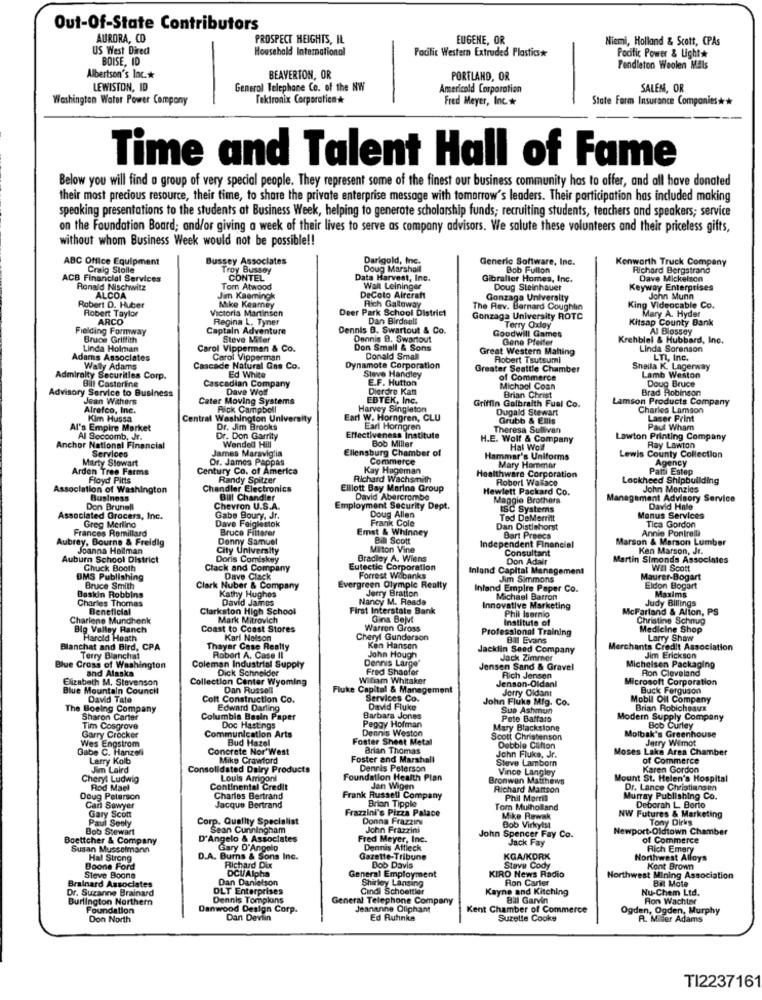
Out-Of-State Contributors
AURORA, CO
PROSPECT HEIGHTS, IL
EUGENE, OR
Niemi, Holland & Scott, CPAs
US West Direct
Household International
Pacific Western Extruded Plastics*
Pacific Power & Light*
BOISE, ID
Pendleton Woolen Mills
Albertson's Inc .*
BEAVERTON, OR
PORTLAND, OR
LEWISTON, ID
General Telephone Co. of the NW
Americold Corporation
SALEM, OR
Washington Water Power Company
Tektronix Corporation*
Fred Meyer, Inc .*
State Farm Insurance Companies ***
Time and Talent Hall of Fame
Below you will find a group of very special people. They represent some of the finest our business community has to offer, and all have donated
their most precious resource, their time, to share the private enterprise message with tomorrow's leaders. Their participation has included making
speaking presentations to the students at Business Week, helping to generate scholarship funds; recruiting students, teachers and speakers; service
on the Foundation Board; and/or giving a week of their lives to serve as company advisors. We salute these volunteers and their priceless gifts,
without whom Business Week would not be possible !!
ABC Office Equipment
Bussey Associates
Darigold, Inc.
Generic Software, Inc.
Kenworth Truck Company
Craig Stolle
Troy Bussoy
Doug Marshall
Bob Fullon
Richard Bergstrand
CONTEL
Data Harvest, Inc.
Gibralter Homes, Inc.
Dave Mickelson
Ronald Nischwitz
Tom Atwood
Wall Leininger
Doug Steinhauer
Keyway Enterprises
ALCOA
Jim Kaemingk
DeCoto Aircraft
Gonzaga University
John Munn
Robert D. Huber
Robert Taylor
Victoria Martinsen
Mike Kearney
Deer Park School District
Rich Galloway
The Rev. Bernard Coughlin
King Videocable Co.
Mary A. Hyder
ARCO
Regina L. Tyner
Dan Birdsoll
Gonzaga University ROTC
Kitsap County Bank
Fielding Formway
Captain Adventure
Dennis B. Swartout & Co.
Goodwill Games
Terry Oxley
Al Blossey
Bruce Griffith
Steve Miller
Dennis 8. Swartout
Gene Pfeifer
Krehbiel & Hubbard, Inc.
Linda Holman
Carol Vippermen & Co.
Don Small & Sons
Great Western Matting
Linda Sorenson
Adams Associates
Carol Vipperman
Donald Small
Robert Tsutsumi
LTI, Inc.
Wally Adams
Cascade Natural Gas Co.
Dynamote Corporation
Steve Handley
Greater Seattle Chamber
Sheila K. Lagerway
Admiralty Securities Corp.
Bill Castoriine
Cascadian Company
Ed White
E.F. Hutton
of Commerce
Lamb Weston
Doug Bruce
Advisory Service to Business
Dave Wolf
Dierdre Katt
Michael Coan
Brad Robinson
Jean Withers
Cater Moving Systems
EDTEK, Inc.
Griffin Galbraith Fual Co.
Brian Christ
Lamson Products Company
Afrefco, Inc.
Rick Campbell
Harvey Singleton
Dugald Stewart
Charles Lamson
Kim Hussa
Central Washington University
Earl W. Horngren, CLU
Grubb & Ellis
Laser Print
Al's Empire Market
Dr. Jim Brooks
Earl Horngren
Theresa Sullivan
Paul Wham
Al Secoomb, Jr.
Dr. Don Garrity
Effectiveness institute
Bob Miller
H.E. Wolf & Company
Lawton Printing Company
Anchor National Financial
James Maraviglia
Wended Hill
Ellensburg Chamber of
Hal Wolf
Ray Lawton
Marty Stowart
Services
Dr. James Pappas
Commerce
Hammar's Uniforms
Lewis County Collection
Agency
Arden Tree Farms
Century Co. of America
Kay Hageman
Mary Hammar
Patti Estep
Floyd Pitts
Randy Spitzer
Richard Wachsmith
Healthware Corporation
Robert Wasace
Lockheed Shipbuilding
Association of Washington
Chandler Electronics
Elliott Bay Marina Group
Hewlett Packard Co.
John Menzies
Business
Bill Chandler
David Abercrombe
Maggie Brothers
Management Advisory Service
Don Brunell
Chevron U.S.A.
Employment Security Dept.
ISC Systems
David Hale
Associated Grocers, Inc.
Greg Merling
Gabe Boury, Jr.
Doug Allen
Frank Cole
Ted DeMerritt
Manus Services
Tica Gordon
Frances Remillard
Dave Feiglestok
Bruce Fitterer
Emst & Whinney
Dan Distiehorst
Annie Pontrelli
Aubrey, Bourne & Freidig
Denny Samuel
Bil Scott
Bart Preecs
Marson & Marson Lumber
Joanna Hodman
City University
Miton Vine
Independent Financial
Consultant
Kan Marson, Jr.
Auburn School District
Doris Comiskey
Bradley A. Wiens
Don Adair
Martin Simonds Associnies
Chuck Booth
Clack and Company
Eutectic Corporation
Inland Capital Management
WIl Scott
BMS Publishing
Dave Clack
Forrest Wibanks
Am Simmons
Maurer-Bogart
Bruce Smith
Clark Nuber & Company
Kathy Hughes
Evergreen Olympic Realty
Jerry Bration
Inland Empire Paper Co.
Eldon Bogart
Maxims
Baskin Robbins
Charles Thomas
David James
Nancy M. Reada
Michael Barron
Judy Billings
Beneficial
Clarkston High School
First Interstate Bank
Innovative Marketing
Phil Isernio
McFarland & Alion, PS
Charlene Munchenk
Mark Mitrovich
Gina Belvi
Institute of
Christine Schnug
Big Valley Ranch
Coast to Coast Stores
Warren Gross
Professional Training
Medicine Shop
Harold Heath
Karl Nelson
Cheryl Gunderson
Bil Evans
Larry Show
Blanchat and Bird, CPA
Thayer Case Realty
Ken Hansen
Jacklin Seed Company
Merchants Credit Association
Terry Blanchat
Robert A. Case II
Dennis Large"
John Hough
Jack Zimmer
Jim Erickson
Blue Cross of Washington
and Alaska
Coleman Industrial Supply
Dick Schneider
Fred Shaofor
Jensen Sand & Gravel
Michelsen Packaging
Ron Cleveland
Elizabeth M. Stevenson
Collection Center Wyoming
Wifiam Whitaker
Rich Jensen
Jenson-Oldani
Microsoft Corporation
Blue Mountain Council
Dan Russell
Fluke Capital & Management
Jerry Oldant
Buck Ferguson
David Tate
Colt Construction Co.
Services Co.
John Fluke Mig. Co.
Mobil Oil Company
The Boeing Company
Edward Darling
David Fluke
Sup Ashmun
Brian Robicheaux
Sharon Carter
Columbia Basin Paper
Peggy Hofman
Barbara Jones
Poto Baffato
Modern Supply Company
Tim Cosgrove
Communication Arts
Doc Hastings
Dennis Weston
Mary Blackstone
Bob Curley
Wes Engstrom
Garry Crocker
Bud Hazel
Foster Sheet Metal
Scott Christenson
Molbak's Greenhouse
Jetry Wilmot
Gabe C. Hanzeli
Concrete Nor'West
Brian Thomas
John Fluke, Jr.
Debbie Clifton
Moses Lake Area Chamber
Larry Kolb
Mike Crawford
Foster and Marshall
Steve Lamborn
of Commerce
Jim Laird
Consolidated Dairy Products
Dennis Peterson
Vince Langley
Karen Gordon
Cheryl Ludwig
Louis Arrigoni
Foundation Health Plan
Bronwen Matthews
Mount St. Helen's Hospital
Rod Mael
Continental Credit
Jan Wigen
Richard Mattson
Dr. Lance Christiansen
Doug Peterson
Charles Bertrand
Frank Russell Company
Brian Tipple
Phil Morrill
Murray Publishing Co.
Can Sawyer
Jacque Bertrand
Frazzini's Pizza Palace
Tom Mulholland
Deborah L. Borto
Paul Seoly
Gary Scott
Corp. Quality Specialist
Donna Frazzeru
Mike Rewak
NW Futures & Marketing
Tony Dirks
Bob Stewart
Sean Cunningham
John Frazzini
Bob Virkyls
Newport-Oldtown Chamber
Boettcher & Company
D'Angelo & Associates
Fred Meyer, Inc.
John Spencer Fay Co.
Jack Fay
of Commerce
Susan Musselmann
Gary D'Angelo
Dennis Affleck
Rich Emery
Hal Strong
D.A. Burns & Sons Inc.
Richard Dix
Gazette-Tribune
KGA/KORK
Northwest Alloys
Boone Ford
General Employment
Dob Davis
Stave Cody
Kont Brown
Brainard Associates
Steve Boone
Dan Danielson
DCV/Alpha
Shirley Lansing
KIRO News Radio
Ron Carter
Northwest Mining Association
Bin Mole
Dr. Suzanne Brainard
DLT Enterprises
Candi Schoettier
Kayne and Kitching
Nu-Chem Ltd.
Burlington Northern
Dennis Tompkins
General Telephone Company
Bil Garvin
Ron Wachter
Foundation
Danwood Design Corp.
Jeananne Oliphant
Kent Chamber of Commerce
Ogden, Ogden, Murphy
Don North
Dan Deviin
Ed Ruhnke
Suzette Cooks
R. Mider Adams
TI223716